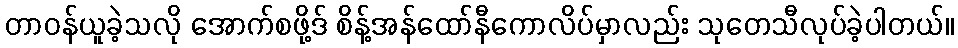
တာဝန်ယူခဲ့သလို အောက်စဖို့ဒ် စိန့်အန်ထော်နီကောလိပ်မှာလည်း သုတေသီလုပ်ခဲ့ပါတယ်။